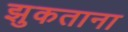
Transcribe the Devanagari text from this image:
झुकताना